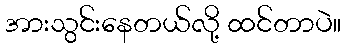
အားသွင်းနေတယ်လို့ ထင်တာပဲ။